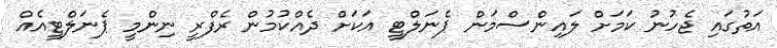
އަތުގައި ޖެހުނު ކަމަށް ލައިންސްމަން ޕެނަލްޓީ އަކަށް ދެއްކުމުން ރެފްރީ ނިންމީ ޕެނަލްޓީއެއް